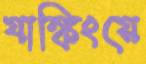
যাঙ্কিংয়ে